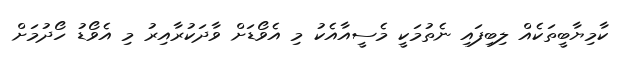
ކާމިޔާބީތަކެއް ލިބިފައި ނެތުމަކީ މެސީއާއެކު މި އެވޯޑަށް ވާދަކުރާއިރު މި އެވޯޑު ހޯދުމަށް